Calcutta medical institutions reports 1892-1900
Year: 1892
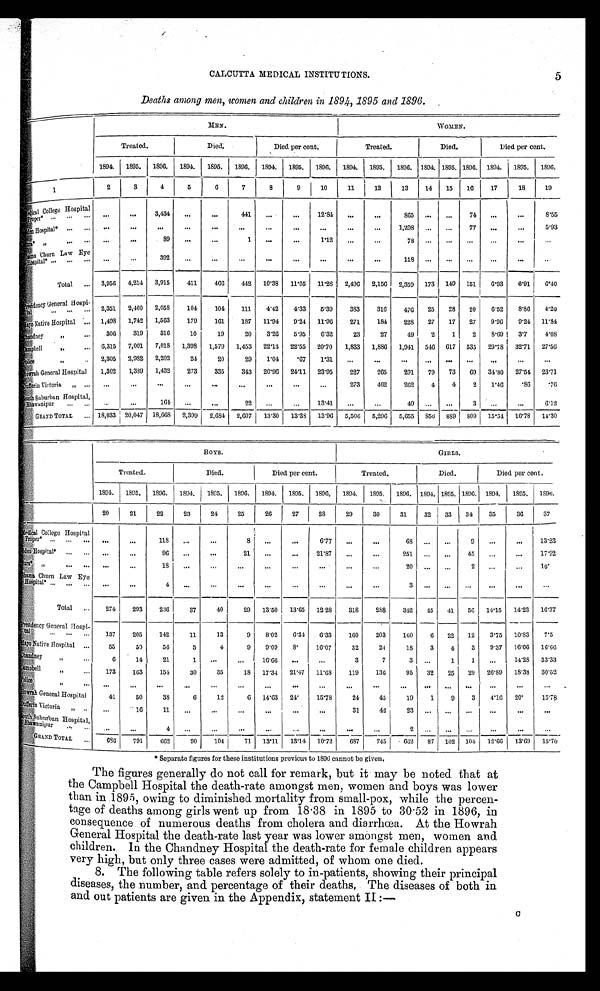
5
CALCUTTA MEDICAL INSTITUTIONS.
Deaths among men, women and children in 1894, 1895 and 1896.
MEN.
Treated.
Died.
Died per cent.
Treated.
Died.
Died per cent.
1894.
1895.
1896.
1894.
1895.
1896.
1894.
1895.
1896.
1894.
1895.
1896.
1894. 1895. 1896.
1894.
1895.
1896.
2
3
4
5
6
7
8
9
10
11
12
13
14
15
16
17
18
19
1
. . .
. . .
3,434
. . .
. . .
441
. . .
. . .
12.84
. . .
. . .
865
. . .
. . .
74
. . .
. . .
8.55
Medical College Hospital
Proper* . . .
. . .
. . .
. . .
. . .
. . .
. . .
. . .
. . .
. . .
. . .
. . . 1,298
. . .
. . .
77
. . .
. . .
5.93
Eden Hospital* . . .
. . .
. . .
89
. . .
. . .
1
. . .
. . .
1.12
. . .
. . . 78
. . . . . .
. . .
. . .
. . . . . .
Ezra* " . . .
. . .
. . .
392
. . .
. . .
. . .
. . .
. . .
. . .
. . .
. . .
118
. . . . . .
. . .
. . .
. . .
. . .
Shama Churn Law Eye
Hospital* . . .
Total . . .
3,956
4,214
3,915
411
466
442
10.38
11.05
11.28
2,496
2,156
2,359
173
149
151
6.93
6.91
6.40
Presidency General Hospi-tal . . .
2,351
2,400
2,058
104
104
111
4.42
4.33
5.39
383
316
476
25
28
20
6.52
8.86
4.20
1,498
1,742
1,563
179
161
187
11.94
9.24
11.96
271
184
228
27
17
27
9.96
9.24
11.84
Mayo Native Hospital . . .
306
319
316
10
19
20
3.26
5.95
6.32
23
27
49
2
1
2
8.69
3.7
4.08
Chandney " . . .
6,315
7,001
7,018
1,398
1,579
1,453
22.13
22.55
20.70
1,833
1,886
1,941
546
617
535
29.78
32.71
27.56
Campbell " . . .
P o l i c e " . . .
2,305
2,982
2,202
24
20
29
1.04
.67
1.31
. . .
. . . . . .
. . . . . .
. . .
. . .
. . .
. . .
H o w r a h G e n e r a l H o s p i t a l . . .
1,302
1,389
1,432
273
335
343
20.96
24.11
23.95
227
265
291
79
73
69
34.80
27.54
23.71
Dufferin Victoria " . . .
. . .
. . .
. . .
. . .
. . .
. . .
. . .
. . .
. . .
273
462
262
4
4
2
1.46
.86
.76
South Suburban Hospital, Bhawanipur . . .
. . .
. . .
164
. . .
. . .
22
. . .
. . .
13.41
. . .
. . .
49
. . .
. . .
3
. . .
. . .
6.12
GRAND TOTAL . . . 18,033 20,047
18,668
2,399
2,684
2,607
13.30
13.38
13.96
5,506
5,296
5,655
856
889
809
15.54
16.78
14.30
BOYS.
GIRLS.
Tr eat ed.
Died.
Died per cent.
Treated.
Died.
Died per cent.
1894.
1895.
1896.
1894.
1895.
1896.
1894.
1895.
1896,
1894.
1895,
1896.
1894. 1895. 1896.
1894.
1895.
1896.
20
21
22
23
24
25
26
27
28
29
30
31
32
33
34
35
36
37
Medical College Hospital
Proper* . . .
. . .
. . .
118
. . .
. . .
8
. . .
. . .
6.77
. . .
. . .
68
. . .
. . .
9
. . .
. . .
13.23
Eden Hospital*
. . .
. . .
. . .
96
. . .
. . .
21
. . .
. . .
21.87
. . .
. . .
251
. . .
. . .
45
. . .
. . .
17.92
Ezra* " . . .
. . .
. . .
18
. . .
. . .
. . .
. . .
. . .
. . .
. . .
. . .
20
. . .
. . .
2
. . .
. . .
10.
Shama Churn Law Eye Hospital* . . .
. . .
. . .
4
. . .
. . .
. . .
. . .
. . .
. . .
. . .
. . .
3
. . .
. . .
. . .
. . .
. . .
. . .
T o t a l . . .
274
293
236
37
40
29
13.50
13.65
12.28
318
288
342
45
41
56
14.15
14.23
16.37
Presidency General Hospi-tal . . .
137
205
142
11
13
9
8.02
6.34
6.33
160
203
160
6
22
12
3.75
10.83
7.5
Mayo Native Hospital
. . .
55
50
56
5
4
9
9.09
8.
16.07
32
24
18
3
4
3
9.37
16.66
16.66
Chandney " . . .
6
14
21
1
. . .
. . .
16.66
. . .
. . .
3
7
3
. . .
1
1
. . .
14.28
33.33
Campbell " . . .
173
163
154
30
35
18
17.34
21.47
11.68
119
136
95
32
25
29
26.89
18.38
30.52
Police " . . .
. . .
. . .
. . .
. . .
. . .
. . .
. . .
. . .
. . .
. . .
. . .
. . . . . .
. . .
. . .
. . .
. . .
. . .
Howrah General Hospital
41
50
38
6
12
6
14.63
24.
15.78
24
45
19
1
9
3
4.16
20.
15.78
Dufferin Victoria " . . .
. . .
16
11
. . .
. . .
. . .
. . .
. . .
. . .
31
42 23
. . .
. . .
. . .
. . .
. . .
. . .
S o u t h S u b u r b a n H o s p i t a l , B h a w a n i p u r . . .
. . .
. . .
4
. . .
. . .
. . .
. . .
. . .
. . .
. . .
. . .
2
. . .
. . .
. . .
. . .
. . .
. . .
GRAND TOTAL
. . .
686
791
662
90
104
71
13.11
13.14
10.72
687
745
662
87
102
104
12.66
13.69
15.70
* Separate figures for these institutions previous to 1896 cannot be given.
The figures generally do not call for remark, but it may be noted that at
the Campbell Hospital the death-rate amongst men, women and boys was lower
than in 1895, owing to diminished mortality from small-pox, while the percen
- t a g e o f d e a t h s a m o n g g i r l s w e n t u p f r o m 1 8 . 3 8 i n 1 8 9 5 t o 3 0 . 5 2 i n 1 8 9 6 , i n
consequence of numerous deaths from cholera and diarrhœa. At the Howrah
General Hospital the death-rate last year was lower amongst men, women and
children. In the Chandney Hospital the death-rate for female children appears
very high, but only three cases were admitted, of whom one died.
8. The following table refers solely to in-patients, showing their principal
diseases, the number, and percentage of their deaths, The diseases of both in
and out patients are given in the Appendix, statement II:—
c